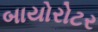
બાયોરોટર